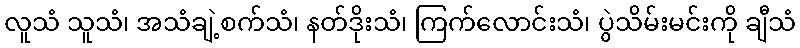
လူသံ သူသံ၊ အသံချဲ့စက်သံ၊ နတ်ဒိုးသံ၊ ကြက်လောင်းသံ၊ ပွဲသိမ်းမင်းကို ချီသံ